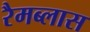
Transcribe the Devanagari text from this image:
रैमब्लास